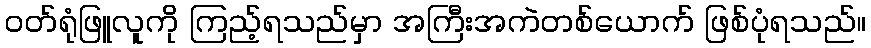
ဝတ်ရုံဖြူလူကို ကြည့်ရသည်မှာ အကြီးအကဲတစ်ယောက် ဖြစ်ပုံရသည်။